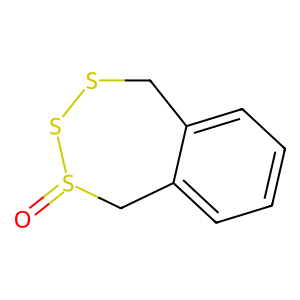
SMILES: O=S1Cc2ccccc2CSS1
Inhibits HIV replication: No